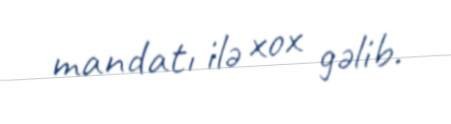
mandatı ilə xox gəlib.